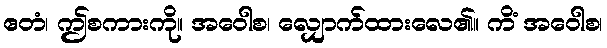
ဧတံ၊ ဤစကားကို။ အဝေါစ၊ လျှောက်ထားလေ၏။ ကိံ အဝေါစ၊